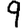
Digit: 9